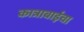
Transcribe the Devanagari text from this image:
कात्राबाईचा